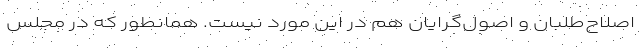
اصلاح‌طلبان و اصول‌گرایان هم در این مورد نیست. همانطور که در مجلس